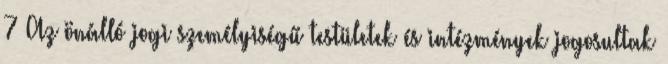
7 Az önálló jogi személyiségű testületek és intézmények jogosultak